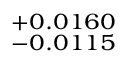
^ { + 0 . 0 1 6 0 } _ { - 0 . 0 1 1 5 }